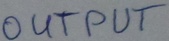
Text: OUTPUT